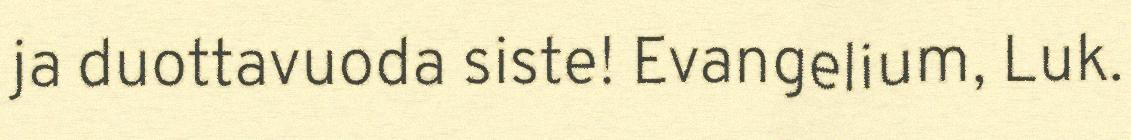
ja duottavuoda siste! Evangelium, Luk.